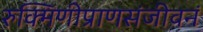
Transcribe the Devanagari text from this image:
रुक्मिणीप्राणसंजीवनं